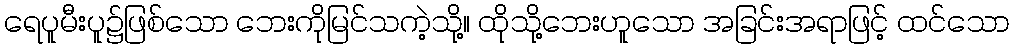
ရေပူမီးပူ၌ဖြစ်သော ဘေးကိုမြင်သကဲ့သို့။ ထိုသို့ဘေးဟူသော အခြင်းအရာဖြင့် ထင်သော